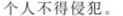
个人不得侵犯。